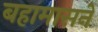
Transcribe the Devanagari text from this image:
बहामासने